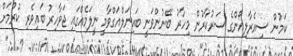
ކަމުން ސިއެރާލިއޯންގެ ސަރުކާރުން މިހާރު ބޭނުންވަނީ ބައިނަލްއަގްވާމީ ނީލަމެއްގައި ޖަވާހިރު ބައިވެރި ކުރުމަށް